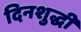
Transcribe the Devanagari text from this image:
दिनशुद्धी